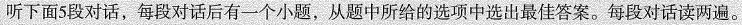
听下面5段对话，每段对话后有一个小题，从题中所给的选项中选出最佳答案。每段对话读两遍。